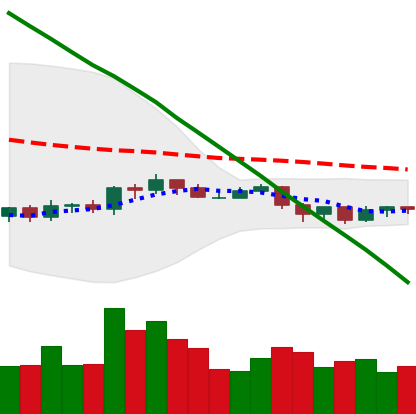
Ticker: ADA-USD
Chart end date: 2019-10-21
Forward return: 3.226%
Label: up_3_5